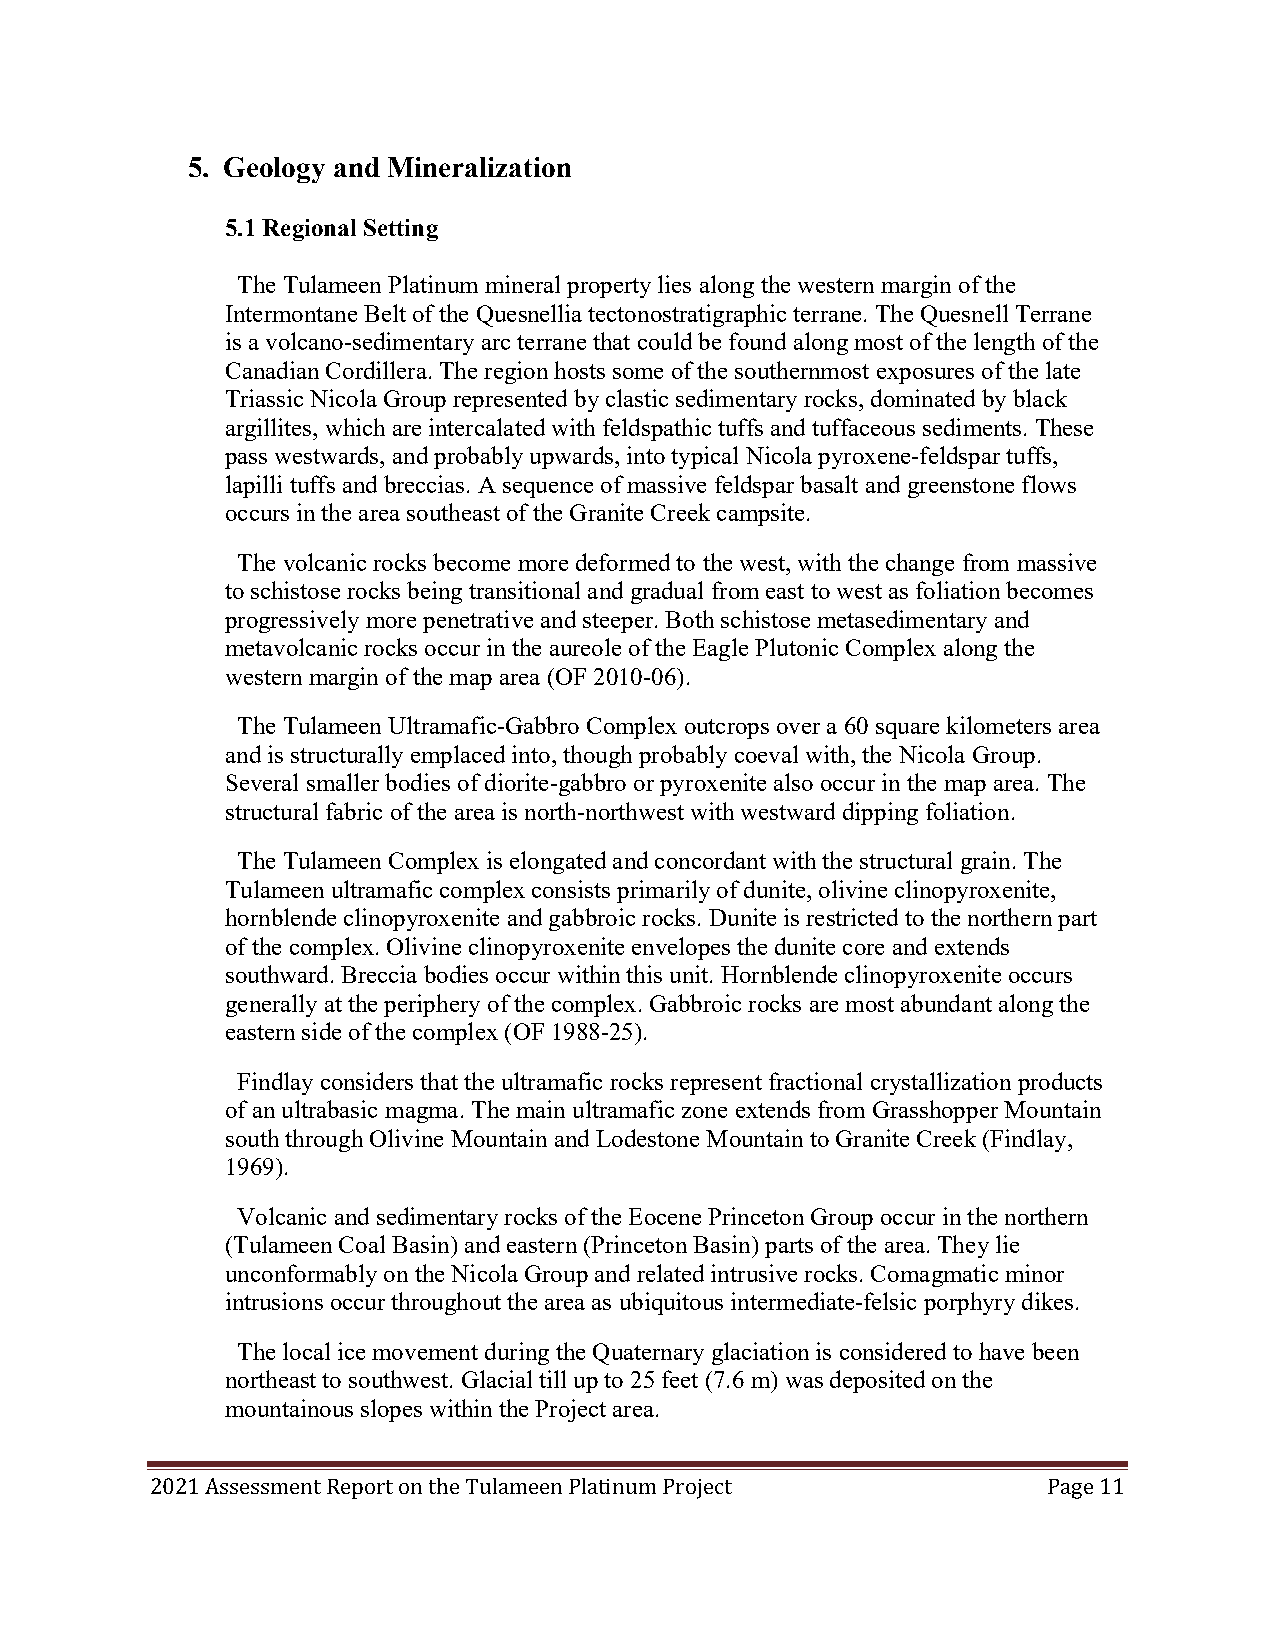
5. Geology and Mineralization
 5.1 Regional Setting
 The Tulameen Platinum mineral property lies along the western margin of the
 Intermontane Belt of the Quesnellia tectonostratigraphic terrane. The Quesnell Terrane
 is a volcano-sedimentary arc terrane that could be found along most of the length of the
 Canadian Cordillera. The region hosts some of the southernmost exposures of the late
 Triassic Nicola Group represented by clastic sedimentary rocks, dominated by black
 argillites, which are intercalated with feldspathic tuffs and tuffaceous sediments. These
 pass westwards, and probably upwards, into typical Nicola pyroxene-feldspar tuffs,
 lapilli tuffs and breccias. A sequence of massive feldspar basalt and greenstone flows
 occurs in the area southeast of the Granite Creek campsite.
 The volcanic rocks become more deformed to the west, with the change from massive
 to schistose rocks being transitional and gradual from east to west as foliation becomes
 progressively more penetrative and steeper. Both schistose metasedimentary and
 metavolcanic rocks occur in the aureole of the Eagle Plutonic Complex along the
 western margin of the map area (OF 2010-06).
 The Tulameen Ultramafic-Gabbro Complex outcrops over a 60 square kilometers area
 and is structurally emplaced into, though probably coeval with, the Nicola Group.
 Several smaller bodies of diorite-gabbro or pyroxenite also occur in the map area. The
 structural fabric of the area is north-northwest with westward dipping foliation.
 The Tulameen Complex is elongated and concordant with the structural grain. The
 Tulameen ultramafic complex consists primarily of dunite, olivine clinopyroxenite,
 hornblende clinopyroxenite and gabbroic rocks. Dunite is restricted to the northern part
 of the complex. Olivine clinopyroxenite envelopes the dunite core and extends
 southward. Breccia bodies occur within this unit. Hornblende clinopyroxenite occurs
 generally at the periphery of the complex. Gabbroic rocks are most abundant along the
 eastern side of the complex (OF 1988-25).
 Findlay considers that the ultramafic rocks represent fractional crystallization products
 of an ultrabasic magma. The main ultramafic zone extends from Grasshopper Mountain
 south through Olivine Mountain and Lodestone Mountain to Granite Creek (Findlay,
 1969).
 Volcanic and sedimentary rocks of the Eocene Princeton Group occur in the northern
 (Tulameen Coal Basin) and eastern (Princeton Basin) parts of the area. They lie
 unconformably on the Nicola Group and related intrusive rocks. Comagmatic minor
 intrusions occur throughout the area as ubiquitous intermediate-felsic porphyry dikes.
 The local ice movement during the Quaternary glaciation is considered to have been
 northeast to southwest. Glacial till up to 25 feet (7.6 m) was deposited on the
 mountainous slopes within the Project area.
 2021 Assessment Report on the Tulameen Platinum Project    Page 11